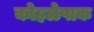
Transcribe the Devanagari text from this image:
कोहळेपाक